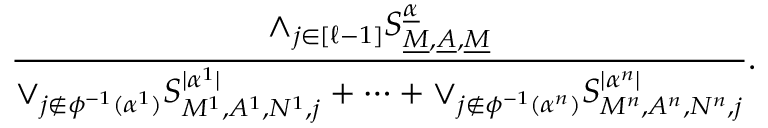
\frac { \wedge _ { j \in [ \ell - 1 ] } S _ { \underline { { M } } , \underline { { A } } , \underline { { M } } } ^ { \underline { { \alpha } } } } { \vee _ { j \notin \phi ^ { - 1 } ( \alpha ^ { 1 } ) } S _ { M ^ { 1 } , A ^ { 1 } , N ^ { 1 } , j } ^ { | \alpha ^ { 1 } | } + \cdots + \vee _ { j \notin \phi ^ { - 1 } ( \alpha ^ { n } ) } S _ { M ^ { n } , A ^ { n } , N ^ { n } , j } ^ { | \alpha ^ { n } | } } .